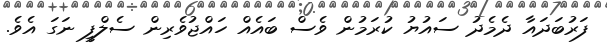
ފަރުބަދައާ ދެމެދު ސައުޔު ކުރަމުން ވެސް ބައެއް ހައްޖުވެރިން ސެލްފީ ނަގަ އެވެ.